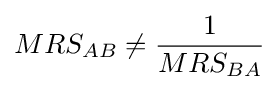
MRS_{AB}\neq {\frac {1}{MRS_{BA}}}